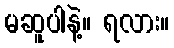
မဆူပါနဲ့။ ရလား။